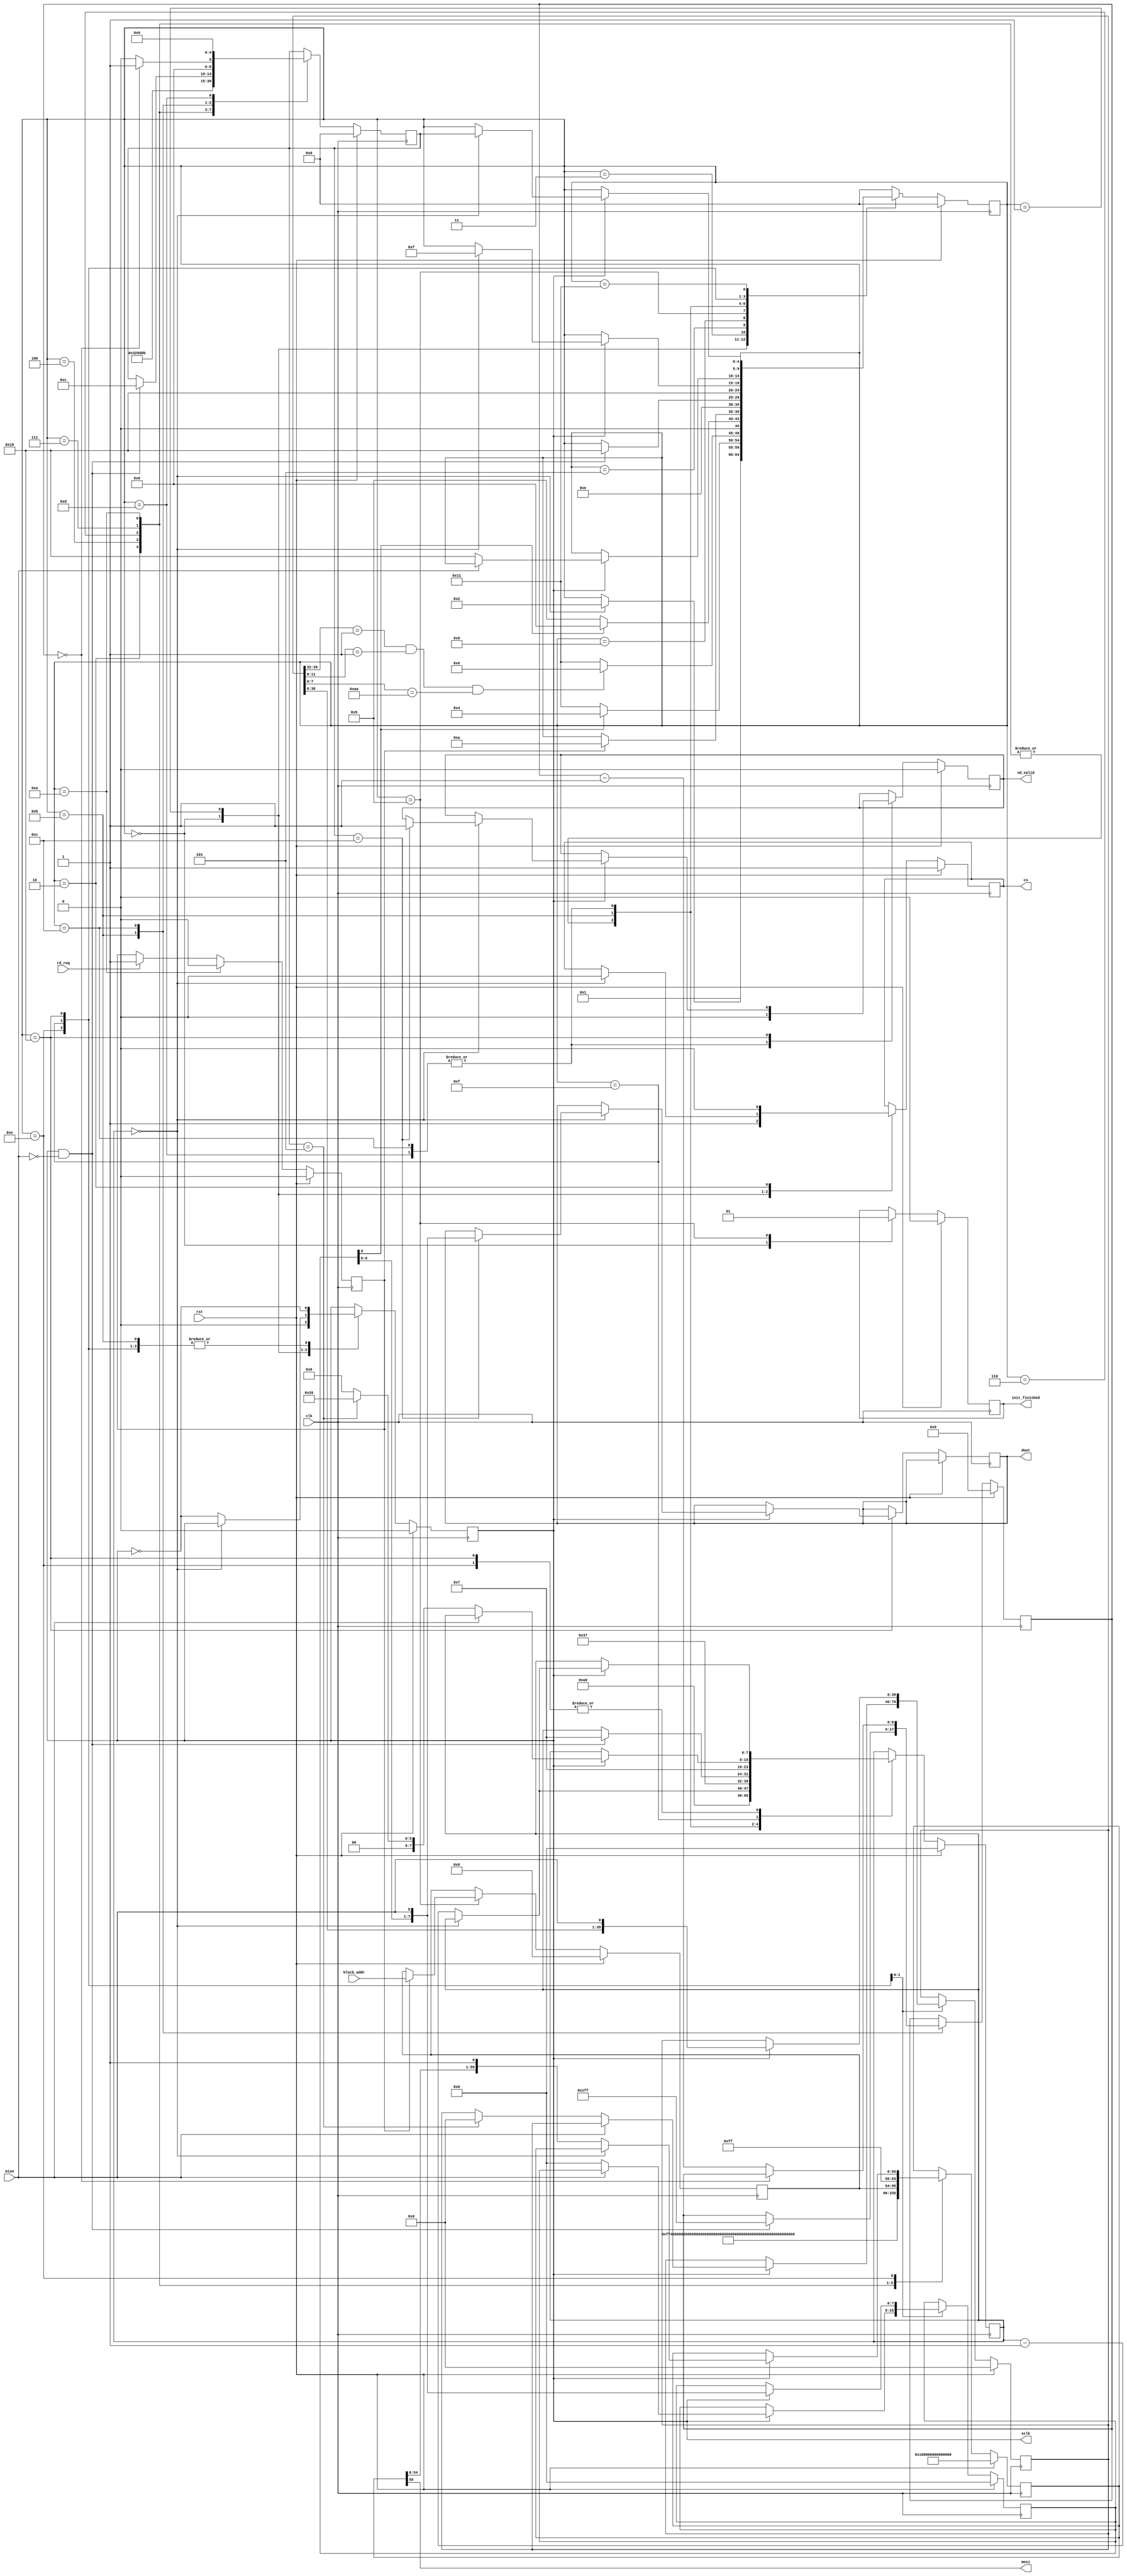
`timescale 1ns / 1ps
//////////////////////////////////////////////////////////////////////////////////
// Company: National Chiao Tung University
//
// Module Name:    sd_card
//
// Description:    SD card host controller.
//
//     This SD card controller only reads data from the SD card.
//     An SD card is composed of many blocks. Each block is of 512 bytes.
//     Once we trigger the reading of a block by setting 'rd_req' to '1' and
//     'block_addr' to the block ID to read, the output port 'dout' will
//     return one byte of data from the block per clock cycle whenever the
//     flag 'sd_valid' is '1'.
//////////////////////////////////////////////////////////////////////////////////

module sd_card(
  /* spi signals */
  output cs,
  output sclk,
  output mosi,
  input  miso,

  /* SD controller signals */
  input  clk,
  input  rst,
  input  rd_req,               // "rd_req <= 1" triggers the reading of a block.
  input  [31:0] block_addr,    // The block number of the SD card to read.
  output reg init_finished,    // SD card initialization is finished?
  output reg [7:0] dout,       // Output one byte of data in the block.
  output reg sd_valid          // The output byte in "dout" is ready
);

/*FSM state*/
parameter RST                   = 5'd0 ;
parameter CARD_INIT_START       = 5'd1 ;
parameter SET_CMD0              = 5'd2 ;
parameter CHECK_CMD0_RESPONSE   = 5'd3 ;
parameter SET_CMD8              = 5'd4 ;
parameter CHECK_CMD8_RESPONSE   = 5'd5 ;
parameter SET_CMD55             = 5'd6 ;
parameter SET_ACMD41            = 5'd7 ;
parameter POLL_ACMD41           = 5'd8 ;
parameter CARD_READY            = 5'd9 ;
parameter SET_READ_CMD          = 5'd10;
parameter WAIT_READ_START       = 5'd11;
parameter READ_BLOCK            = 5'd12;
parameter READ_CRC              = 5'd13;
parameter SEND_COMMAND          = 5'd14;

parameter RECEIVE_RESPONSE_WAIT = 5'd15;
parameter RECEIVE_BYTE          = 5'd16;
parameter RESPONSE_ERROR        = 5'd17;

reg [4:0] c_state = RST;
reg [4:0] return_state;
reg cs_reg, sclk_reg;
reg [7:0] bit_counter;
reg [8:0] byte_counter;
reg rd_req_reg;
reg [31:0] block_addr_reg;

reg [55:0] cmd_out;
reg [7:0] recv_data;
reg [39:0] R7_response;

assign cs = cs_reg;
assign sclk = sclk_reg;
assign mosi = cmd_out[55];

always@(posedge clk)
begin
  if (rst) begin
    c_state <= RST;
    return_state <= RST;

    cs_reg <= 1'd1;
    sclk_reg <= 1'd0;
    sd_valid <= 1'd0;
    init_finished <= 1'd0;
    cmd_out <= 56'hFFFFFFFFFFFFFF;
    bit_counter <= 8'd0;
    byte_counter <= 9'd0;
    recv_data <= 8'd0;
    R7_response <= 40'd0;
    block_addr_reg <= 32'd0;
  end
  else begin
    case (c_state)
    RST:
    begin
      c_state <= CARD_INIT_START;
      return_state <= return_state;
      bit_counter <= 8'd160;
      init_finished <= 1'd0;
      cs_reg <= 1'd1;
      sclk_reg <= 1'd0;
    end

    CARD_INIT_START:  //wait 80 cycles
    begin
      if (bit_counter==0)begin
        c_state <= SET_CMD0;
        cs_reg <= 1'd0;
      end
      else begin
        bit_counter <= bit_counter -8'd1;
        sclk_reg <= ~sclk_reg;
      end
    end

    SET_CMD0:
    begin
      c_state <= SEND_COMMAND;
      return_state <= CHECK_CMD0_RESPONSE;

      cmd_out <= 56'hFF400000000095;
      bit_counter <= 8'd55;
      cs_reg <= 1'd0;
    end

    CHECK_CMD0_RESPONSE:
    begin
      if (recv_data[0]==1) //Idle bit=1, this means SD card is in SPI mode
        c_state <= SET_CMD8;
      else
        c_state <= RESPONSE_ERROR;
    end
      
    SET_CMD8:
    begin
      c_state <= SEND_COMMAND;
      return_state <= CHECK_CMD8_RESPONSE;
                
      cmd_out <= {8'hFF,    2'b01, 6'b001000, 20'h00000, 4'b0001, 8'hAA,         8'h87};
//                    , start bit, cmd idx,            , VHS,     check pattern, crc7+endbit
      bit_counter <= 8'd55;
    end
      
    CHECK_CMD8_RESPONSE:
    begin
      if((R7_response[39:32]==8'h01) && (R7_response[11:8]==4'b0001) && (R7_response[7:0]==8'hAA))
        c_state <= SET_CMD55;
      else
        c_state <= RESPONSE_ERROR;
    end
      
    SET_CMD55:
    begin
      c_state <= SEND_COMMAND;
      return_state <= SET_ACMD41;
        
      cmd_out <= 56'hFF770000000001;
      bit_counter <= 8'd55;
    end
      
    SET_ACMD41:
    begin
      c_state <= SEND_COMMAND;
      return_state <= POLL_ACMD41;
        
      /* If SD card type is SDHC, HCS bit must set to 1 */
      cmd_out <= 56'hFF694000000001;
      bit_counter <= 8'd55;
    end
      
    POLL_ACMD41:
    begin
      if (recv_data[0] == 0) //IDLE bit=0 means SD card is ready to work.
        c_state <= CARD_READY;
      else
        c_state <= SET_CMD55;
    end

    CARD_READY:
    begin
      init_finished <= 1'd1;
      if (rd_req_reg == 1)
      begin
        c_state <= SET_READ_CMD;
        block_addr_reg <= block_addr;
      end
    end

    SET_READ_CMD:
    begin
      c_state <= SEND_COMMAND;
      return_state <= WAIT_READ_START;
        
      bit_counter <= 8'd55;
      cmd_out <= {8'hFF, 8'h51, block_addr_reg, 8'hFF};
    end

    WAIT_READ_START:
    begin
      sclk_reg <= ~sclk_reg;
      if (sclk_reg==1 && miso==0)
      begin
        /*start receive first byte of block*/
        c_state <= RECEIVE_BYTE;  
        return_state <= READ_BLOCK;
          
        byte_counter <= 9'd511;
        bit_counter <= 8'd7;
      end
    end
      
    READ_BLOCK:
    begin
      sd_valid <= 1'd0;
      if (byte_counter==0)
      begin
        c_state <= RECEIVE_BYTE;
        return_state <= READ_CRC;
          
        bit_counter <= 8'd7;
      end
        
      else 
      begin
        c_state <= RECEIVE_BYTE;
        return_state <= READ_BLOCK;
          
        byte_counter <= byte_counter -8'd1;
        bit_counter <= 8'd7;
      end
    end
      
    READ_CRC:
    begin
      c_state <= RECEIVE_BYTE;
      return_state <= CARD_READY;

      sd_valid <= 1'd0;
      bit_counter <= 8'd7;
    end
      
    SEND_COMMAND:
    begin
      sclk_reg <= ~sclk_reg;
      if (sclk_reg==1)begin
        if (bit_counter==0)
          c_state <= RECEIVE_RESPONSE_WAIT;
        else begin
          bit_counter <= bit_counter -8'd1;
          cmd_out <= {cmd_out[54:0], 1'd1};
        end
      end        
    end
      
    RECEIVE_RESPONSE_WAIT:
    begin
      sclk_reg <= ~sclk_reg;
      /*response start bit always = 0*/
      if (sclk_reg==1) begin
        if (miso==0) begin
          recv_data <= 8'd0;
          c_state <= RECEIVE_BYTE;
          /*already read first bit*/
          if (return_state==CHECK_CMD8_RESPONSE) begin
            bit_counter <= 8'd38;
            R7_response <= 40'd0;
          end
          else
            bit_counter <= 8'd6;
        end
      end
    end

    RECEIVE_BYTE:
    begin
      sclk_reg <= ~sclk_reg;
      if (sclk_reg == 1) begin
        recv_data <= {recv_data[6:0], miso};
        R7_response <= {R7_response[38:0], miso};
        if (bit_counter == 0) begin
          c_state <= return_state;
          /*Read SD card block data*/
          if (return_state == READ_BLOCK) begin
            dout <= {recv_data[6:0], miso};
            sd_valid <= 1;
          end
        end
      else
        bit_counter <= bit_counter-8'd1;
      end
    end

    RESPONSE_ERROR:
    begin
      c_state <= c_state;
      return_state <= return_state;
    end

    default:
    begin
      c_state <= RST;
      return_state <= return_state;
    end
    endcase
  end
end

always@(posedge clk)
begin
  if (rst)
    rd_req_reg <= 0;
  else if (c_state == SET_READ_CMD)
    rd_req_reg <= 1'd0;
  else if (rd_req == 1'd1)
    rd_req_reg <= 1'd1;
end

endmodule